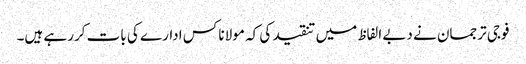
فوجی ترجمان نے دبے الفاظ میں تنقید کی کہ مولانا کس ادارے کی بات کررہے ہیں۔